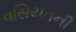
વસિયતની